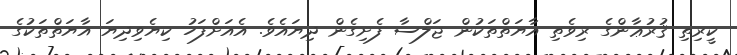
ކީރިތި ޤުރުޢާންގެ ރިވެތި އާޔަތްތަކުން ޖަލްސާ ފެށިގެން ދިޔައެވެ. އެއަށްފަހު ކިޔެވިދިޔަ އާޔަތްތަކުގެ